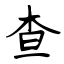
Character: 查